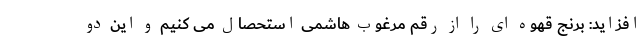
افزاید: برنج قهوه ای را از رقم مرغوب هاشمی استحصال می کنیم و این دو